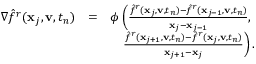
\begin{array} { r l r } { \nabla \hat { f } ^ { r } ( \mathbf x _ { j } , \mathbf v , t _ { n } ) } & { = } & { \phi \left( \frac { \hat { f } ^ { r } ( \mathbf x _ { j } , \mathbf v , t _ { n } ) - \hat { f } ^ { r } ( \mathbf x _ { j - 1 } , \mathbf v , t _ { n } ) } { \mathbf x _ { j } - \mathbf x _ { j - 1 } } , \right. } \\ & { } & { \left. \frac { \hat { f } ^ { r } ( \mathbf x _ { j + 1 } , \mathbf v , t _ { n } ) - \hat { f } ^ { r } ( \mathbf x _ { j } , \mathbf v , t _ { n } ) } { \mathbf x _ { j + 1 } - \mathbf x _ { j } } \right) . } \end{array}